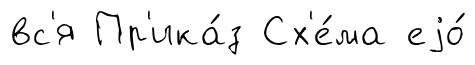
вс'я Пр'ика́з Сх'е́ма еjо́